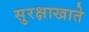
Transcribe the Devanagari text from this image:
सुरक्षाखाते